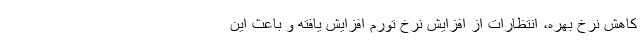
کاهش نرخ بهره، انتظارات از افزایش نرخ تورم افزایش یافته و باعث این